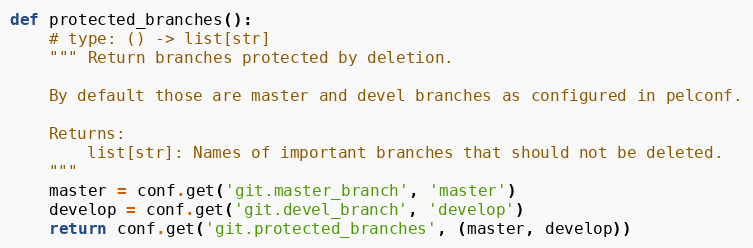
Language: Python
def protected_branches():
    # type: () -> list[str]
    """ Return branches protected by deletion.

    By default those are master and devel branches as configured in pelconf.

    Returns:
        list[str]: Names of important branches that should not be deleted.
    """
    master = conf.get('git.master_branch', 'master')
    develop = conf.get('git.devel_branch', 'develop')
    return conf.get('git.protected_branches', (master, develop))